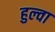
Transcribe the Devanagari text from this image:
हुल्वा